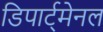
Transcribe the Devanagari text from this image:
डिपार्ट्मेनल